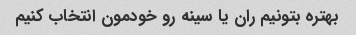
بهتره بتونیم ران یا سینه رو خودمون انتخاب کنیم